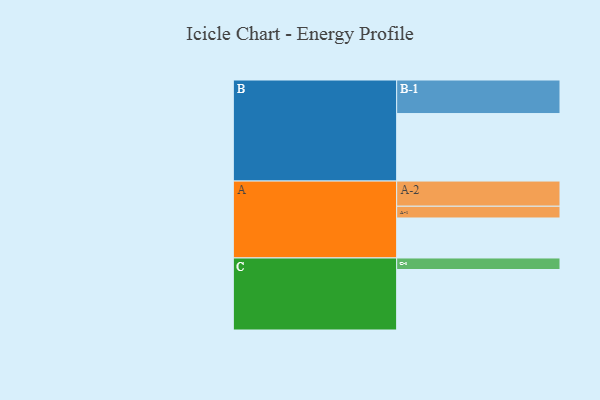
{"axis": {"x": "Segment", "y": "Value"}, "legend": ["", "A", "B", "C"], "data": [{"x": "A", "y": 343, "type": ""}, {"x": "B", "y": 579, "type": ""}, {"x": "C", "y": 519, "type": ""}, {"x": "A-1", "y": 101, "type": "A"}, {"x": "A-2", "y": 216, "type": "A"}, {"x": "B-1", "y": 288, "type": "B"}, {"x": "C-1", "y": 99, "type": "C"}]}